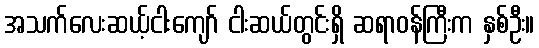
အသက်လေးဆယ့်ငါးကျော် ငါးဆယ်တွင်းရှိ ဆရာဝန်ကြီးက နှစ်ဦး။